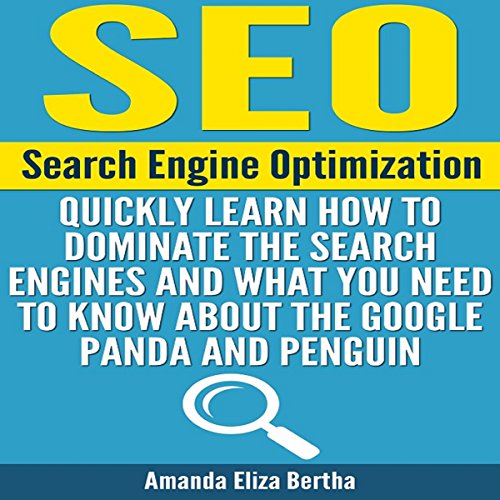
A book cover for SEO: Search Engine Optimization: Quickly Learn How to Dominate the Search Engines and What You Need to Know About the Google Panda and Penguin; Amanda Eliza Bertha; Computers & Technology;